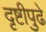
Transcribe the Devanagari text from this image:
दृष्टीपुढे